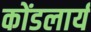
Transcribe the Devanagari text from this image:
कोंडलार्य